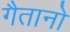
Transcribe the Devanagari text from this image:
गैतानो